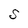
Character: S